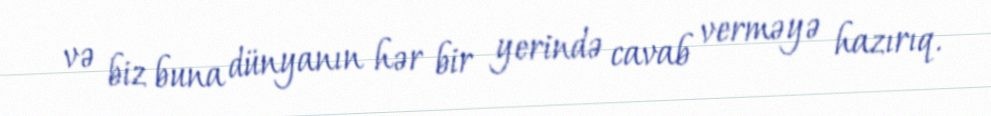
və biz buna dünyanın hər bir yerində cavab verməyə hazırıq.